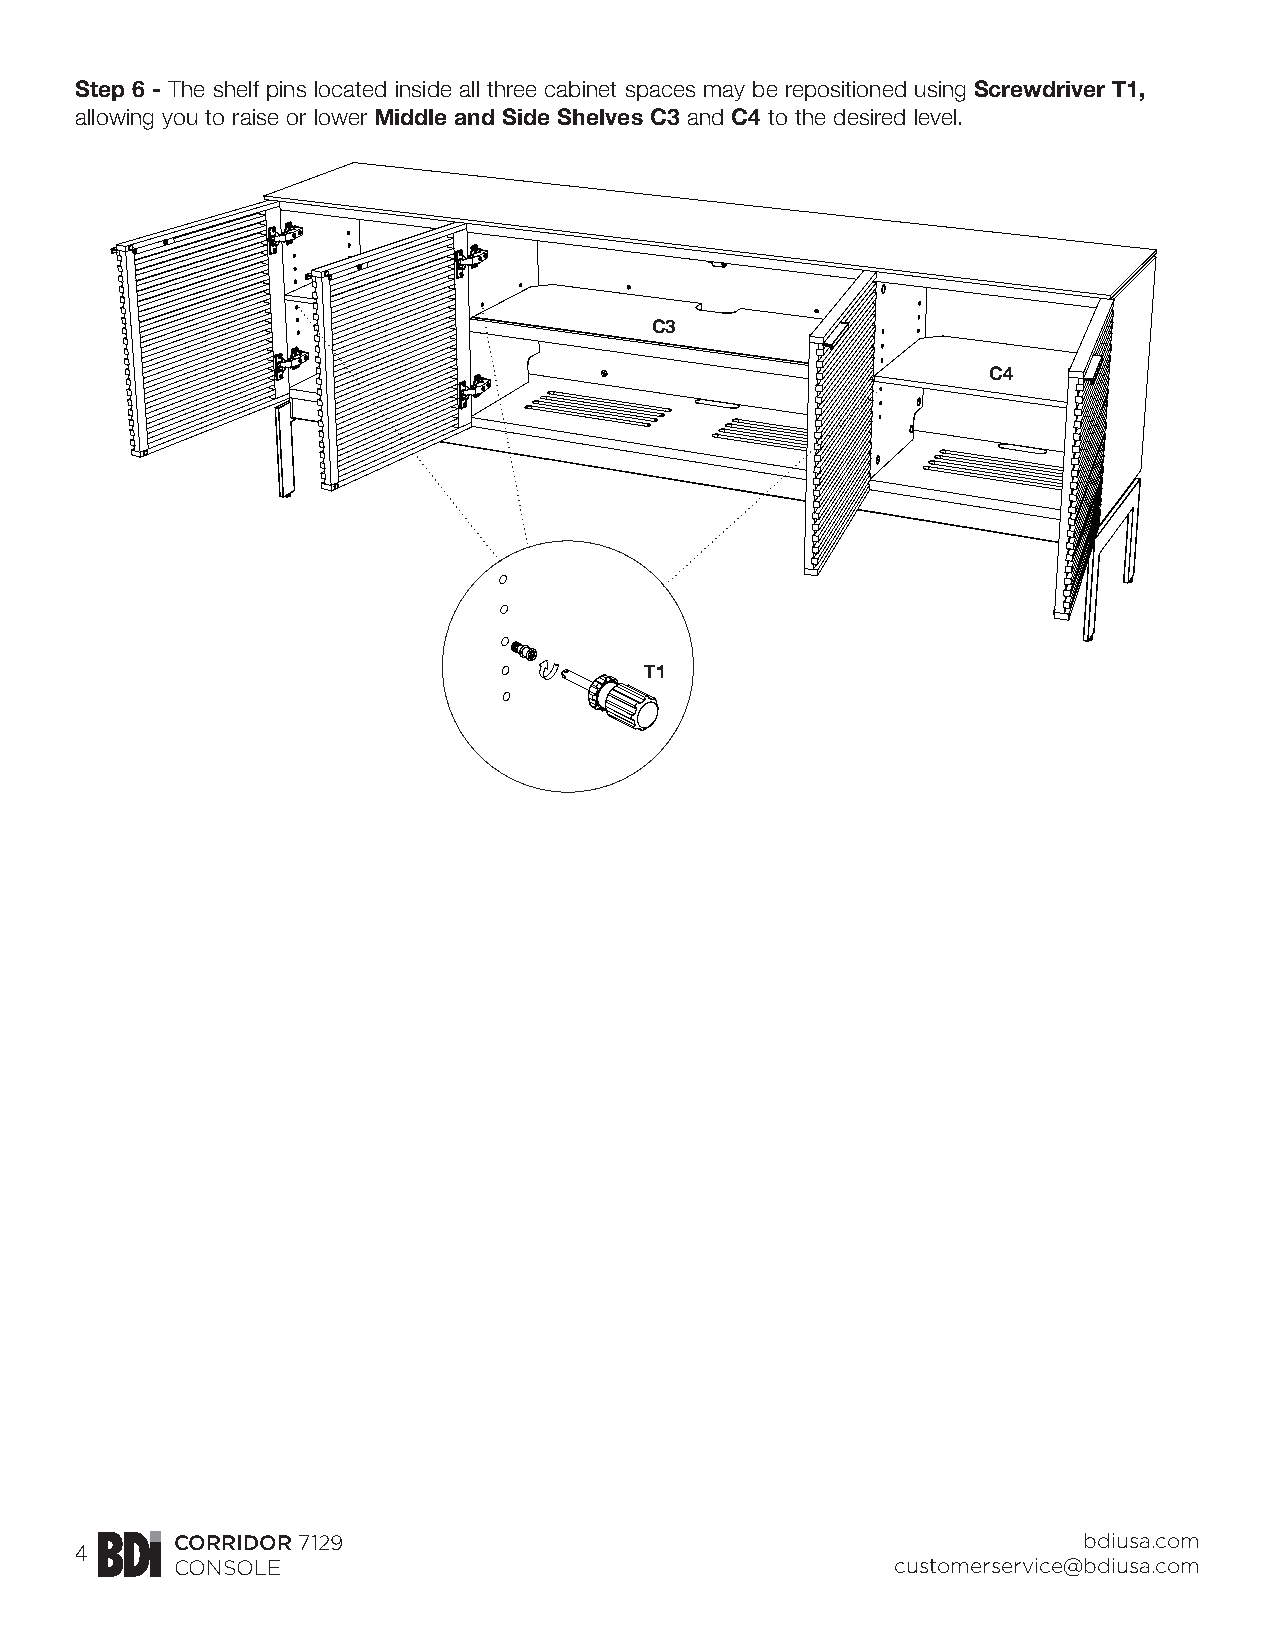
Step 6 - The shelf pins located inside all three cabinet spaces may be repositioned using Screwdriver T1,
 allowing you to raise or lower Middle and Side Shelves C3 and C4 to the desired level.
 C3
 C4
 T1
 CORRIDOR 7129                                                bdiusa.com
 4
 CONSOLE                                         customerservice@bdiusa.com